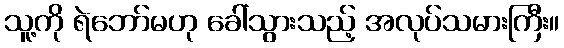
သူ့ကို ရဲဘော်မဟု ခေါ်သွားသည့် အလုပ်သမားကြီး။